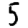
Digit: 5